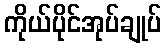
ကိုယ်ပိုင်အုပ်ချုပ်